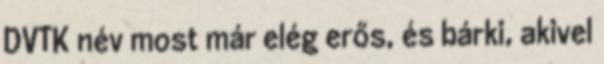
DVTK név most már elég erős, és bárki, akivel